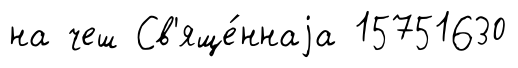
на чеш Св'яще́ннаjа 15751630